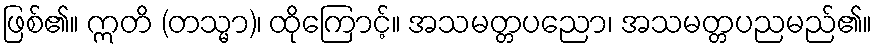
ဖြစ်၏။ ဣတိ (တသ္မာ)၊ ထိုကြောင့်။ အသမတ္တပညော၊ အသမတ္တပညမည်၏။